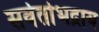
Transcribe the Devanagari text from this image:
सर्वतोभद्राय